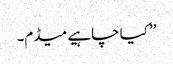
’’ کیا چاہیے میڈم۔